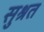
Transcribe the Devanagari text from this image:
सुश्रत